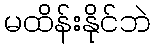
မထိန်းနိုင်ဘဲ